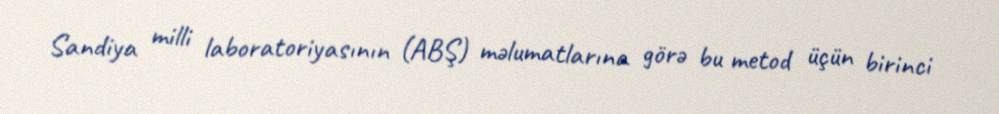
Sandiya milli laboratoriyasının (ABŞ) məlumatlarına görə bu metod üçün birinci